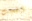
انشغلت